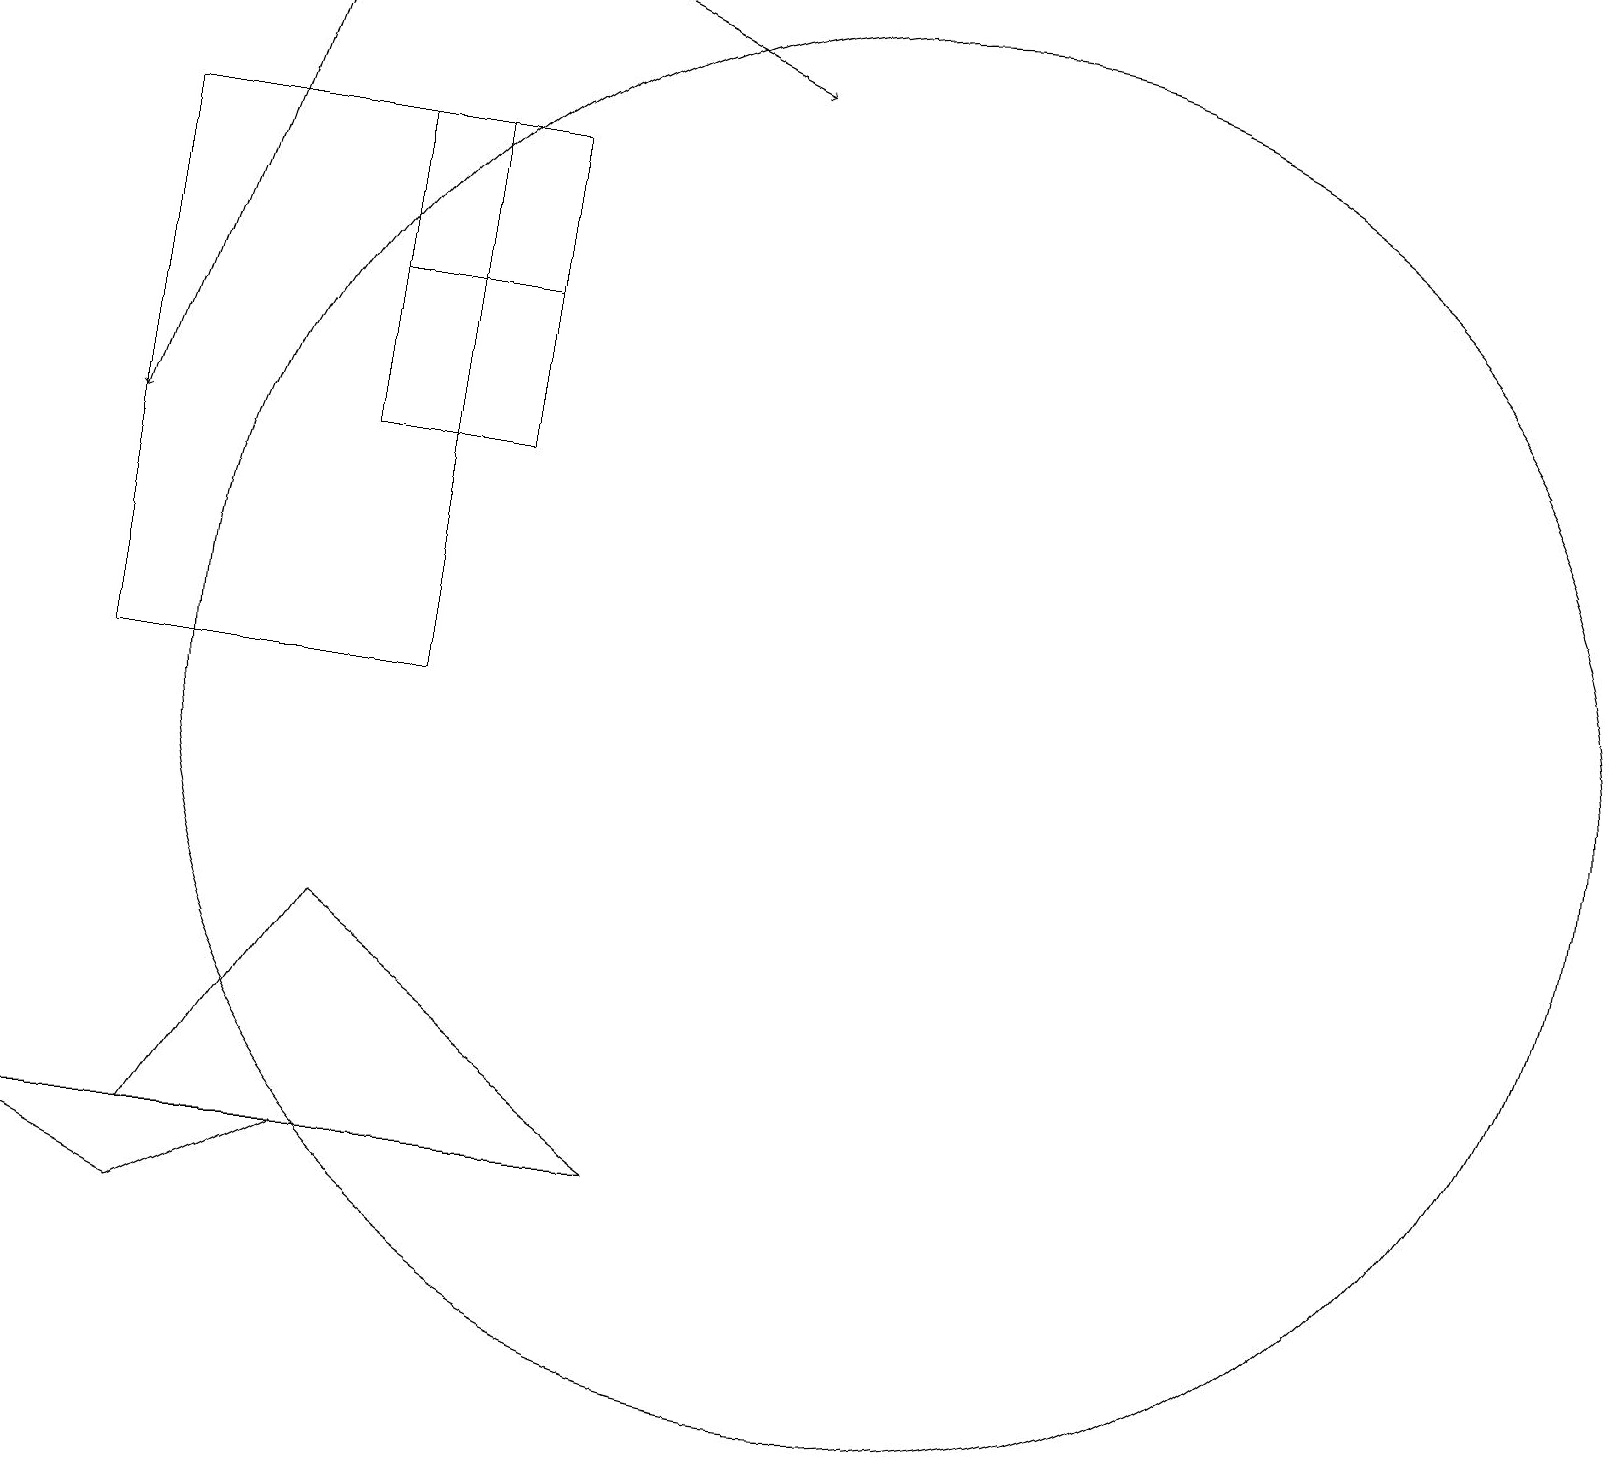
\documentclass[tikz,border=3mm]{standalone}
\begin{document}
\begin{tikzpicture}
\draw (0,4) -- (4,4) -- (2,3) -- cycle;
\draw (2,4) -- (8,4) -- (4,7) -- cycle;
\draw[->] (7,19) -- (9,18);
\draw (6,13) rectangle (4,17);
\draw (4,15) rectangle (6,17);
\draw[->] (3,19) -- (1,13);
\draw (11,10) circle (9);
\draw (1,17) rectangle (5,10);
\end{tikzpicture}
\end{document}